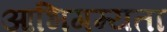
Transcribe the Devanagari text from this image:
आभिगम्यता